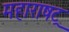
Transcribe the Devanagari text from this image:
महाराषट्र